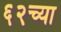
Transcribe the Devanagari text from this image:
६२च्या